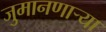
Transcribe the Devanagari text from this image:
जुमानणाऱ्या